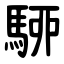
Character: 駵